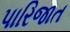
પારિજાત